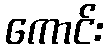
ကောင်း